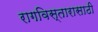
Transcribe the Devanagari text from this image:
रागविस्तारासाठी